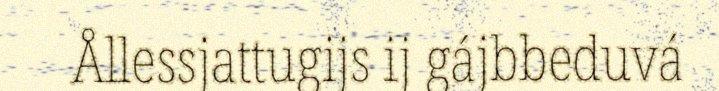
Ållessjattugijs ij gájbbeduvá